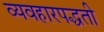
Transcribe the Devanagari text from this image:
व्यवहारपद्धती